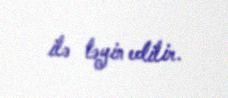
ilə təyin edilir.